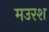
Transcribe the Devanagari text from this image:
मउरश